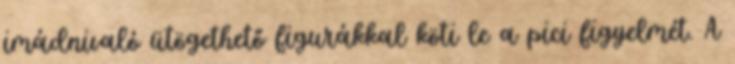
imádnivaló ütögethető figurákkal köti le a pici figyelmét. A